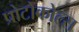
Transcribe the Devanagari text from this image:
प्रोटोकोल्स